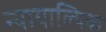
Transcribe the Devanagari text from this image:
न्यायाल्यिक